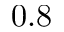
0 . 8